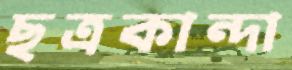
ছত্রকান্দা